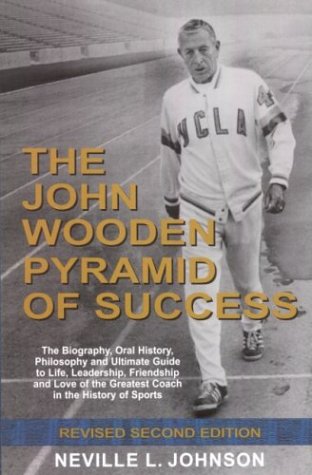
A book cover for The John Wooden Pyramid of Success: The Authorized Biography, Philosophy and Ultimate Guide to Life, Leadership, Friendship and Love of the Greatest Coach in the History of Sports; Neville L. Johnson; Biographies & Memoirs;